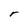
Character: r